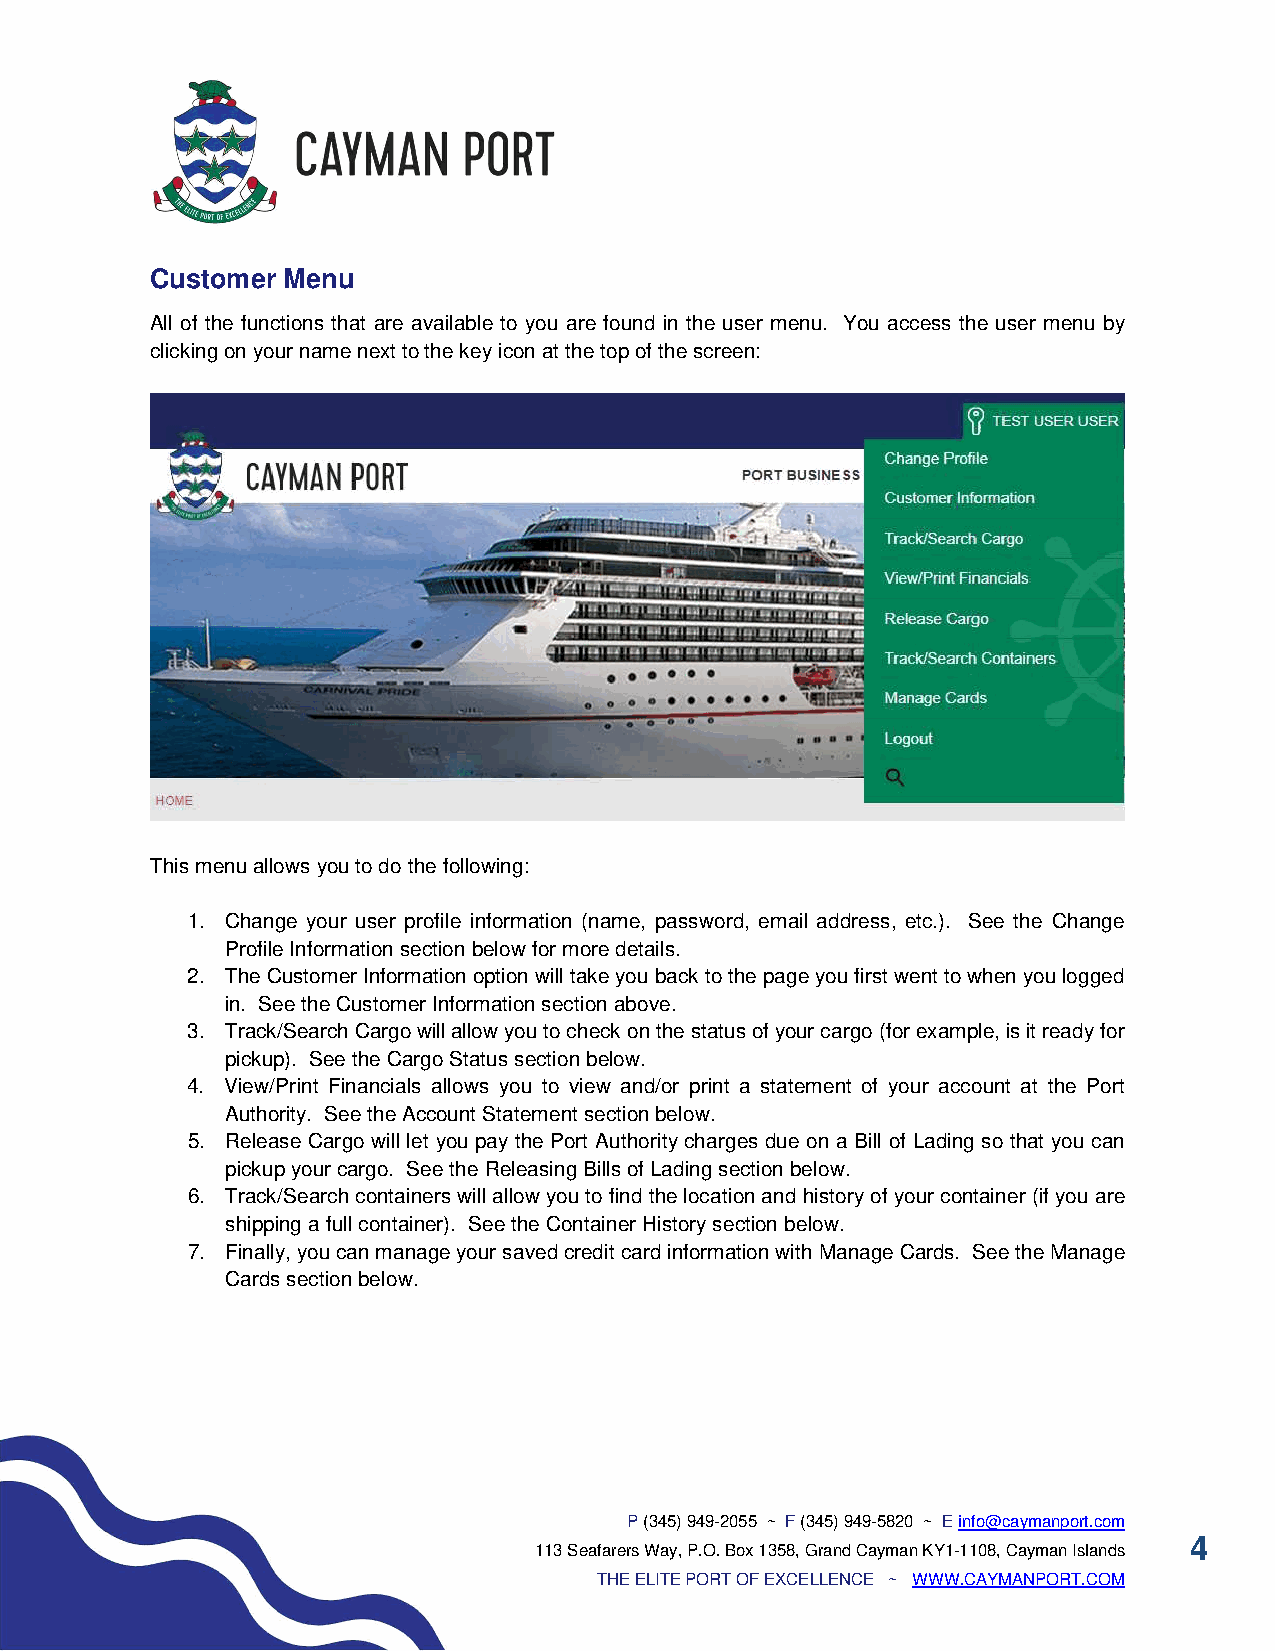
Customer Menu
 All of the functions that are available to you are found in the user menu. You access the user menu by
 clicking on your name next to the key icon at the top of the screen:
 This menu allows you to do the following:
 1. Change your user profile information (name, password, email address, etc.). See the Change
 Profile Information section below for more details.
 2. The Customer Information option will take you back to the page you first went to when you logged
 in. See the Customer Information section above.
 3. Track/Search Cargo will allow you to check on the status of your cargo (for example, is it ready for
 pickup). See the Cargo Status section below.
 4. View/Print Financials allows you to view and/or print a statement of your account at the Port
 Authority. See the Account Statement section below.
 5. Release Cargo will let you pay the Port Authority charges due on a Bill of Lading so that you can
 pickup your cargo. See the Releasing Bills of Lading section below.
 6. Track/Search containers will allow you to find the location and history of your container (if you are
 shipping a full container). See the Container History section below.
 7. Finally, you can manage your saved credit card information with Manage Cards. See the Manage
 Cards section below.
 P (345) 949-2055 ~ F (345) 949-5820 ~ E info@caymanport.com
 4
 113 Seafarers Way, P.O. Box 1358, Grand Cayman KY1-1108, Cayman Islands
 THE ELITE PORT OF EXCELLENCE ~ WWW.CAYMANPORT.COM